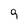
Character: 9